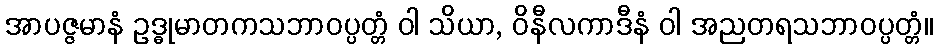
အာပဇ္ဇမာနံ ဥဒ္ဓုမာတကသဘာဝပ္ပတ္တံ ဝါ သိယာ, ဝိနီလကာဒီနံ ဝါ အညတရသဘာဝပ္ပတ္တံ။